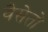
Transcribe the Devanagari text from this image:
वैसेतो